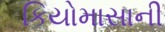
કિયોમાસાની